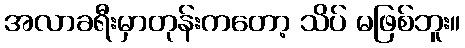
အလာခရီးမှာတုန်းကတော့ သိပ် မဖြစ်ဘူး။